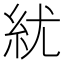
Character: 紌